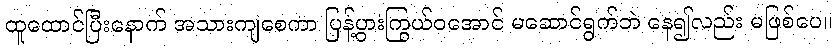
ထူထောင်ပြီးနောက် အသားကျစေကာ ပြန့်ပွားကြွယ်ဝအောင် မဆောင်ရွက်ဘဲ နေ၍လည်း မဖြစ်ပေ။